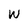
Character: W